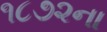
૧૮૭૨ના